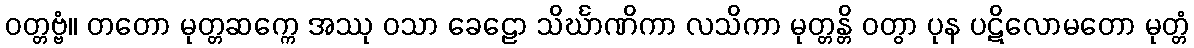
ဝတ္တဗ္ဗံ။ တတော မုတ္တဆက္ကေ အဿု ဝသာ ခေဠော သိင်္ဃာဏိကာ လသိကာ မုတ္တန္တိ ဝတွာ ပုန ပဋိလောမတော မုတ္တံ